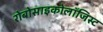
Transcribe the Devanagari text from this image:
रोबोसाइकोलॉजिस्ट